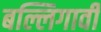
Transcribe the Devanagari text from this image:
बल्लिगावी